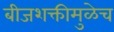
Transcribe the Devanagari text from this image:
बीजशक्तीमुळेच